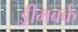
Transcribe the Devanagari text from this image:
ड्रीमवर्क